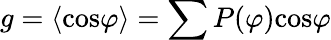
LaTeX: g=\langle\textrm{cos}\varphi\rangle=\sum P(\varphi)\textrm{cos}\varphi